Annual report of the Punjab Veterinary College and of the Civil Veterinary Department, Punjab - 1920-1925
Year: 1920
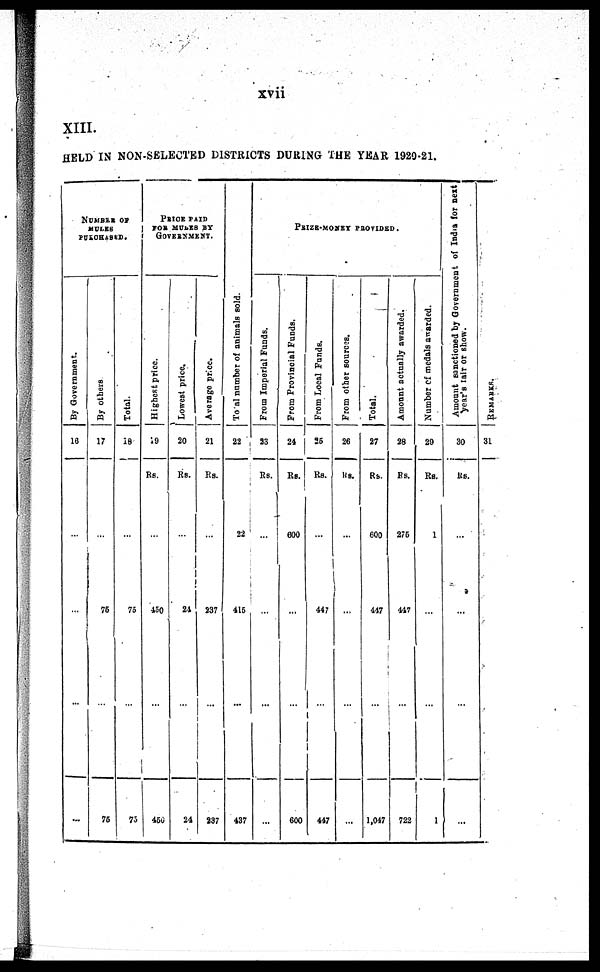
xvii
XIII.
HELD I N NON- SELECTED DI STRI CTS DURI NG T H E YEAR 1920-21.
NUMBER OF
MULES
PURCHASED.
By Government.
16
...
...
...
By others
17
...
75
75
Total.
18
...
75
75
PRICE PAID
FOR MULES BY
GOVERNMENT.
Highest price.
19
RS.
...
450
450
Lowest price.
20
R s .
...
24
24
Average price.
21
R s .
...
237
237
Total
number of animals sold.
22
22
415
437
PRIZE-MONEY PROVIDED.
From Imperial Funds.
23
R s .
...
...
...
From Provincial Funds.
24
R s .
600
...
600
From Local Funds.
25
R s .
...
447
447
From other sources.
26
RS.
...
...
...
Total.
27
R s .
600
447
1, 047
Amount
actually awarded.
28
Rs.
275
447
722
Number of medals awarded.
29
R s .
1
...
1
Amount
sanctioned by Government of India for next
Year's fair or show.
30
Rs
...
...
...
REMARKS.
31